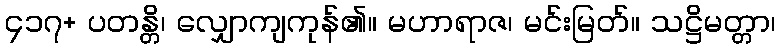
၄၁၇+ ပတန္တိ၊ လျှောကျကုန်၏။ မဟာရာဇ၊ မင်းမြတ်။ သဋ္ဌိမတ္တာ၊